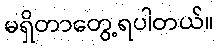
မရှိတာတွေ့ရပါတယ်။